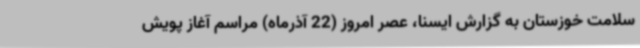
سلامت خوزستان به گزارش ایسنا، عصر امروز (22 آذرماه) مراسم آغاز پویش